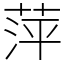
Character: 萍